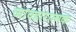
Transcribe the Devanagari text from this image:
व्यावहारात्मक